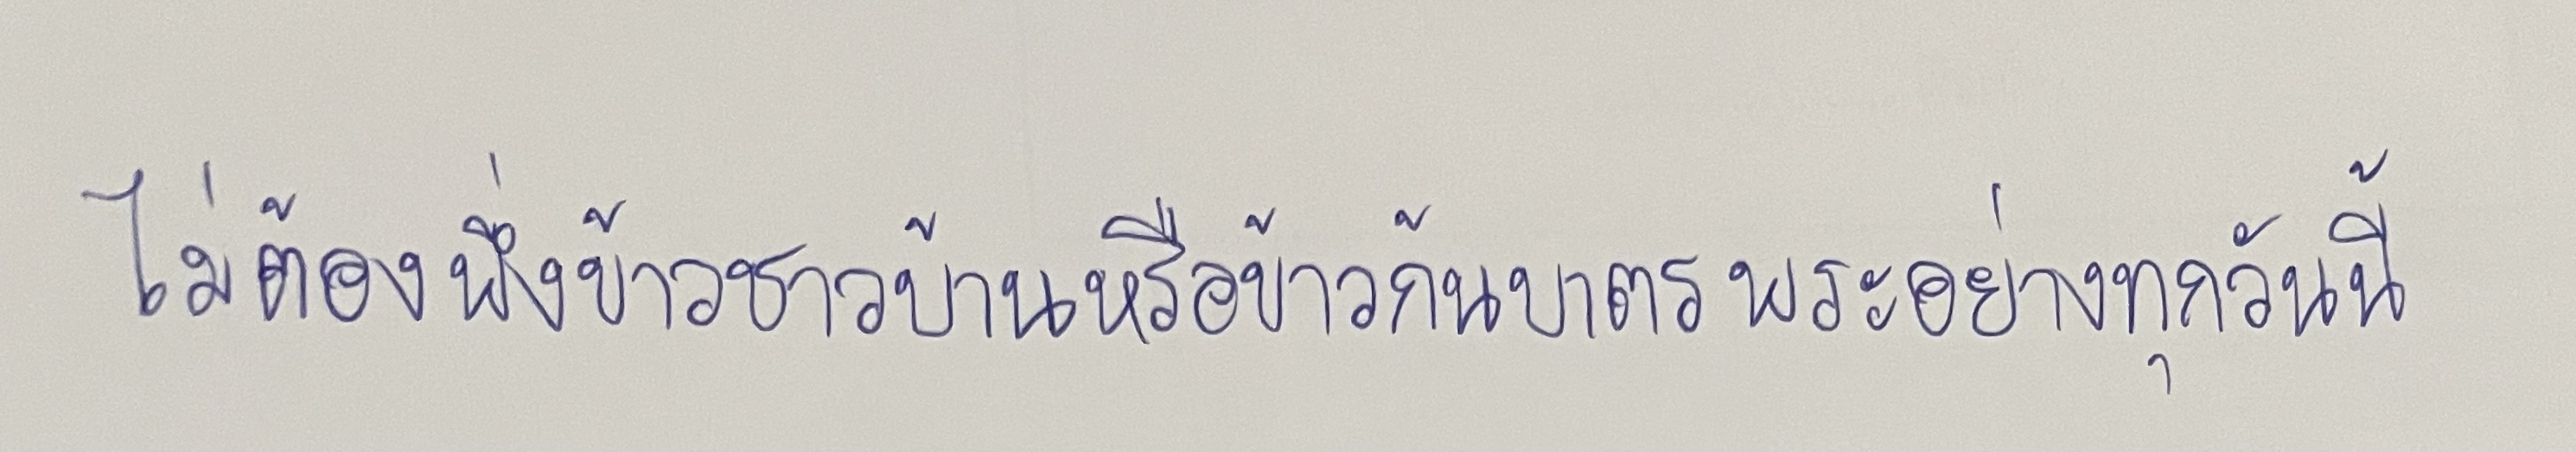
ไม่ต้องพึ่งข้าวชาวบ้านหรือข้าวก้นบาตรพระอย่างทุกวันนี้